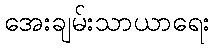
အေးချမ်းသာယာရေး